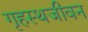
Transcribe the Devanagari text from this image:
गृहस्थजीवन